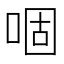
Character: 𠴱